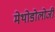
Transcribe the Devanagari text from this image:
मेथोडोलोजी